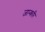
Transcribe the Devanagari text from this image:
जान्करि